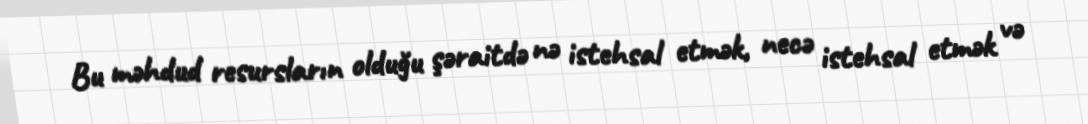
Bu məhdud resursların olduğu şəraitdə nə istehsal etmək, necə istehsal etmək və